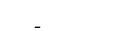
-